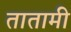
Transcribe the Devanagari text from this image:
तातामी